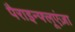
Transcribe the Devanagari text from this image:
पैराइन्फ्लूएंज़ा